Report on the Civil Veterinary Department, Eastern Bengal and Assam - 1907-1911
Year: 1907
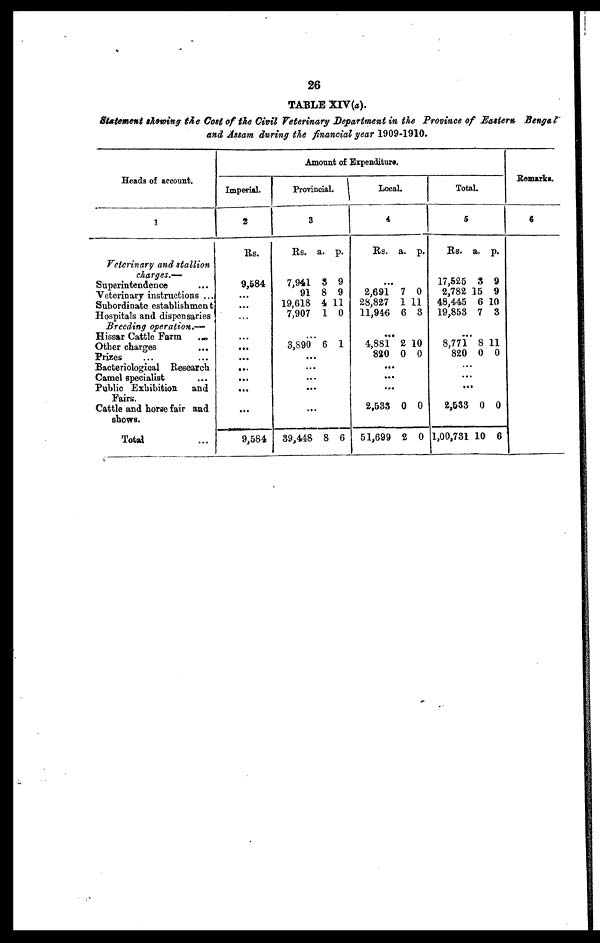
26
TABLE XIV(a).
Statement showing the Cast of the Civil Veterinary Department in the Province of Eastern Bengal
and Assam during the financial year 1909-1910.
Heads of account.
1
Veterinary and stallion
charges.—
Superintendence …
Veterinary instructions ...
Subordinate establishment
Hospitals and dispensaries
Breeding operation.—
Hissar Cattle Farm …
Other charges …
Prizes … …
Bacteriological Research
Camel specialist …
Public Exhibition and
Fairs.
Cattle and horse fair and
shows.
Total …
Amount of Expenditure.
Imperial.
2
Rs.
9,584
…
…
…
...
…
...
…
...
...
…
9,584
Provincial.
3
Rs. a. p.
7,941 3 9
91 8 9
19,618 4 11
7,907 1 0
...
3,890 6 1
...
...
...
...
...
39,448 8 6
Local.
4
Rs. a. p.
...
2,691 7 0
28,827 1 11
11,946 6 3
…
4,881 2 10
820 0 0
...
…
...
2,533 0 0
51,699 2 0
Total.
5
Rs. a. p.
17,525 3 9
2,782 15 9
48,445 6 10
19,853 7 3
...
8,771 8 11
820 0 0
...
...
...
2,533 0 0
1,00,731 10 6
Remarks.
6